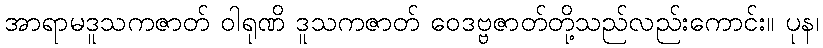
အာရာမဒူသကဇာတ် ဝါရုဏိ ဒူသကဇာတ် ဝေဒဗ္ဗဇာတ်တို့သည်လည်းကောင်း။ ပုန၊